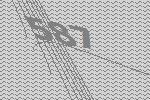
587